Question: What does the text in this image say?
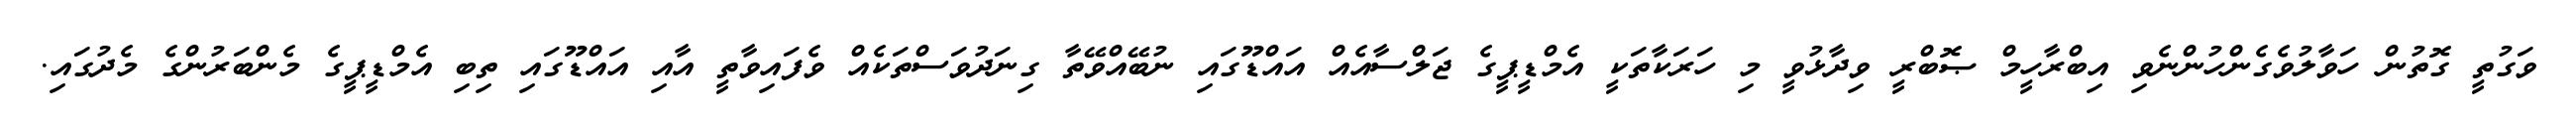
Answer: ވަގުތީ ގޮތުން ހަވާލުވެގެންހުންނެވި އިބްރާހީމް ޞޮބްރީ ވިދާޅުވީ މި ހަރަކާތަކީ އެމްޑީޕީގެ ޖަލްސާއެއް އައްޑޫގައި ނުބޭއްވޭތާ ގިނަދުވަސްތަކެއް ވެފައިވާތީ އާއި އައްޑޫގައި ތިބި އެމްޑީޕީގެ މެންބަރުންގެ މެދުގައި.